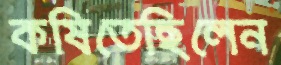
কষিতেছিলেন